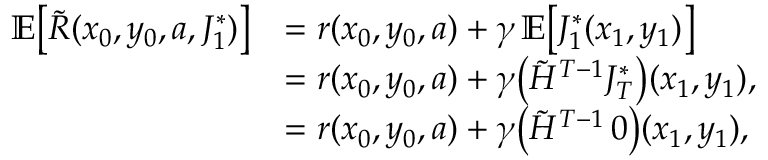
\begin{array} { r l } { \mathbb { E } \bigl [ \tilde { R } ( x _ { 0 } , y _ { 0 } , a , J _ { 1 } ^ { * } ) \bigr ] } & { = r ( x _ { 0 } , y _ { 0 } , a ) + \gamma \, \mathbb { E } \bigl [ J _ { 1 } ^ { * } ( x _ { 1 } , y _ { 1 } ) \bigr ] } \\ & { = r ( x _ { 0 } , y _ { 0 } , a ) + \gamma \bigl ( \tilde { H } ^ { T - 1 } J _ { T } ^ { * } \bigr ) ( x _ { 1 } , y _ { 1 } ) , } \\ & { = r ( x _ { 0 } , y _ { 0 } , a ) + \gamma \bigl ( \tilde { H } ^ { T - 1 } \, \boldsymbol { 0 } \bigr ) ( x _ { 1 } , y _ { 1 } ) , } \end{array}